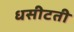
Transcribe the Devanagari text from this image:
धसीटती